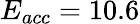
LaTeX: E_{acc}=10.6